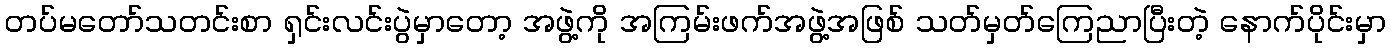
တပ်မတော်သတင်းစာ ရှင်းလင်းပွဲမှာတော့ အဖွဲ့ကို အကြမ်းဖက်အဖွဲ့အဖြစ် သတ်မှတ်ကြေညာပြီးတဲ့ နောက်ပိုင်းမှာ